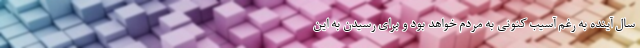
سال آینده به رغم آسیب کنونی به مردم خواهد بود و برای رسیدن به این